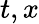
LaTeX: t,x